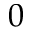
0